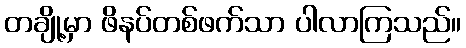
တချို့မှာ ဖိနပ်တစ်ဖက်သာ ပါလာကြသည်။